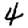
Digit: 4